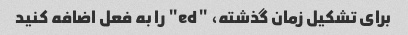
برای تشکیل زمان گذشته، "ed" را به فعل اضافه کنید